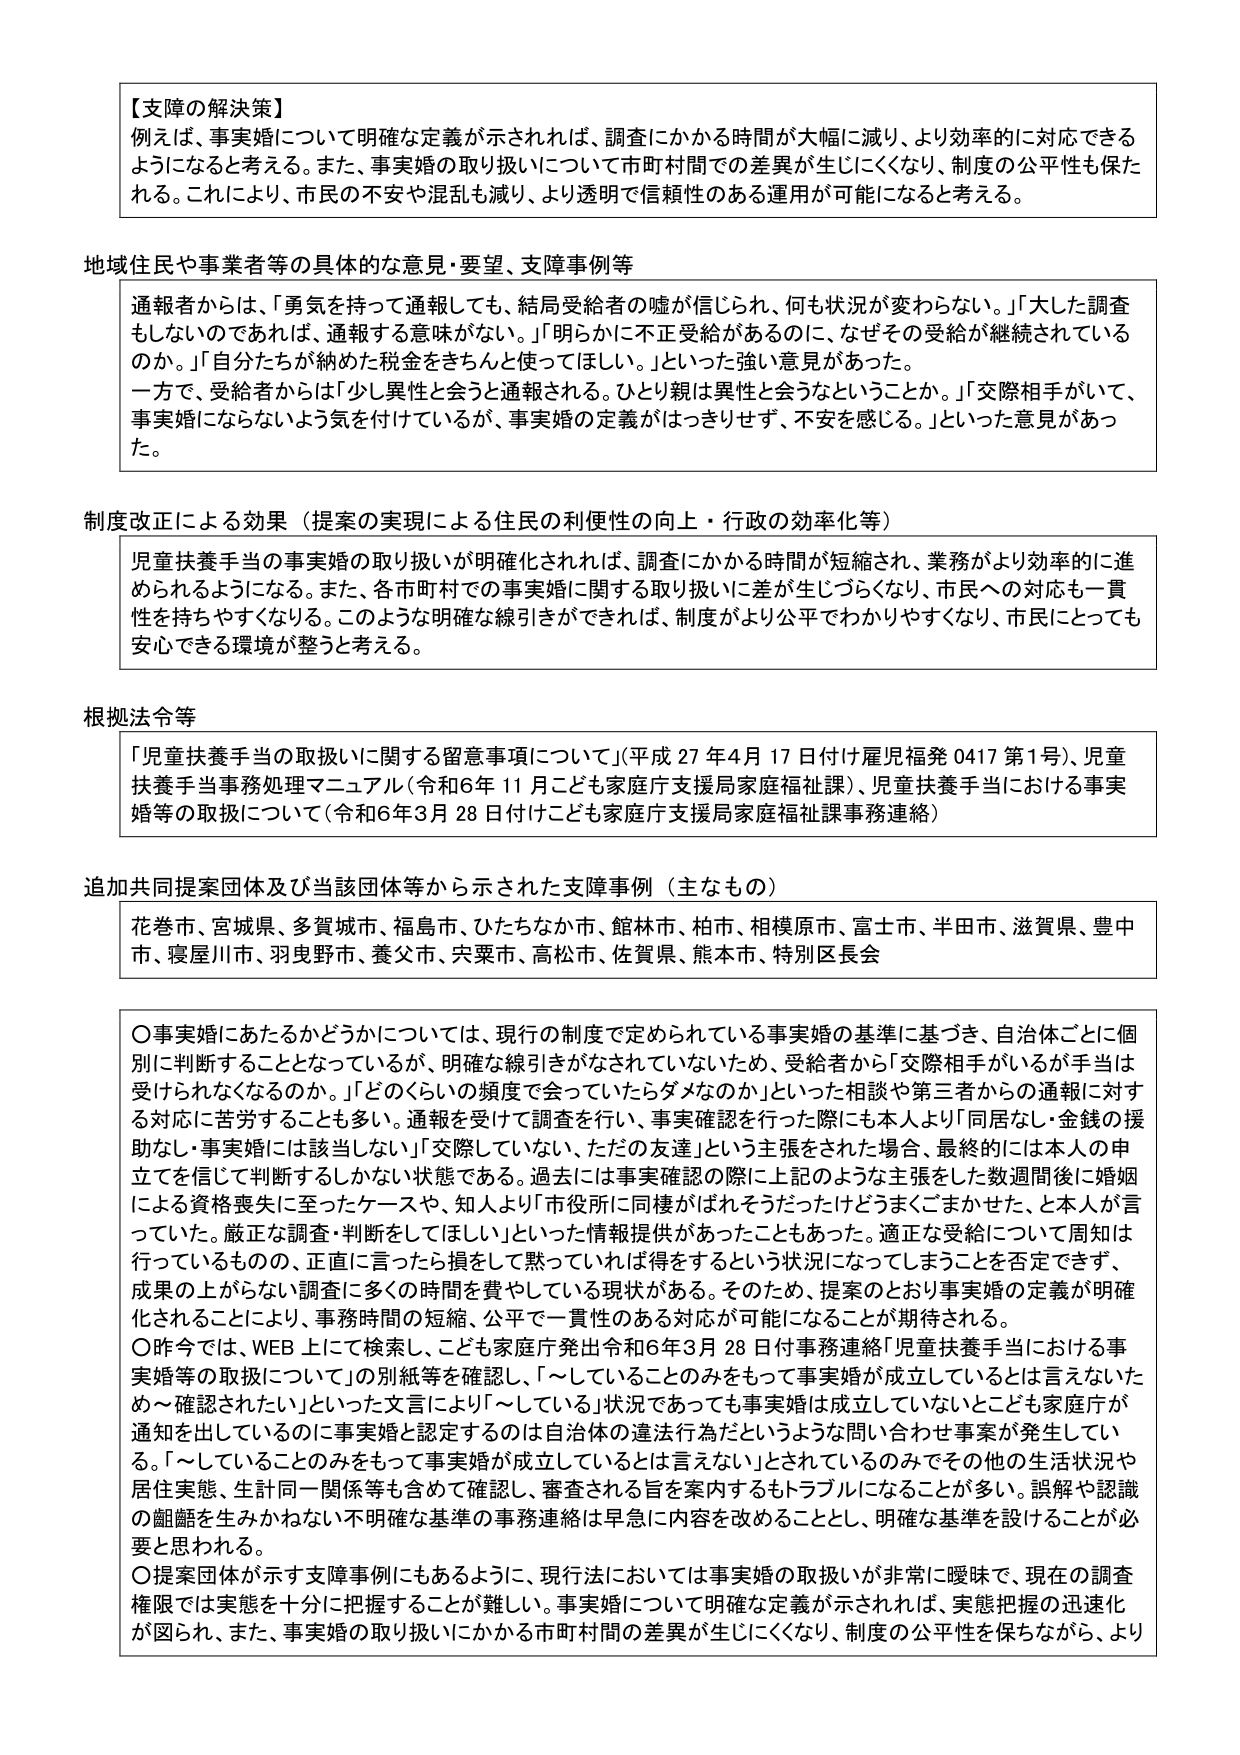
【支障の解決策】
例えば、事実婚について明確な定義が示されれば、調査にかかる時間が大幅に減り、より効率的に対応できるようになると考える。また、事実婚の取り扱いについて市町村間での差異が生じにくくなり、制度の公平性も保たれる。これにより、市民の不安や混乱も減り、より透明で信頼性のある運用が可能になると考える。

地域住民や事業者等の具体的な意見・要望、支障事例等
通報者からは、「勇気を持って通報しても、結局受給者の嘘が信じられ、何も状況が変わらない。」「大した調査もしないのであれば、通報する意味がない。」「明らかに不正受給があるのに、なぜその受給が継続されているのか。」「自分たちが納めた税金をきちんと使ってほしい。」といった強い意見があった。
一方で、受給者からは「少し異性と会うと通報される。ひとり親は異性と会うなということか。」「交際相手がいて、事実婚にならないよう気を付けているが、事実婚の定義がはっきりせず、不安を感じる。」といった意見があった。

制度改正による効果（提案の実現による住民の利便性の向上・行政の効率化等）
児童扶養手当の事実婚の取り扱いが明確化されれば、調査にかかる時間が短縮され、業務がより効率的に進められるようになる。また、各市町村での事実婚に関する取り扱いに差が生じづらくなり、市民への対応も一貫性を持ちやすくなる。このような明確な線引きができれば、制度がより公平でわかりやすくなり、市民にとっても安心できる環境が整うと考える。

根拠法令等
「児童扶養手当の取扱いに関する留意事項について」（平成27年4月17日付け雇児福発0417第1号）、児童扶養手当事務処理マニュアル（令和6年11月こども家庭庁支援局家庭福祉課）、児童扶養手当における事実婚等の取扱いについて（令和6年3月28日付けこども家庭庁支援局家庭福祉課事務連絡）

追加共同提案団体及び当該団体等から示された支障事例（主なもの）
花巻市、宮城県、多賀城市、福島市、ひたちなか市、館林市、柏市、相模原市、富士市、半田市、滋賀県、豊中市、寝屋川市、羽曳野市、養父市、宍粟市、高松市、佐賀県、熊本市、特別区長会

〇事実婚にあたるかどうかについては、現行の制度で定められている事実婚の基準に基づき、自治体ごとに個別に判断することとなっているが、明確な線引きがなされていないため、受給者から「交際相手がいるが手当は受けられなくなるのか。」「どのくらいの頻度で会っていたらダメなのか」といった相談や第三者からの通報に対する対応に苦労することも多い。通報を受けて調査を行い、事実確認を行った際にも本人より「同居なし・金銭の援助なし・事実婚には該当しない」「交際していない、ただの友達」という主張をされた場合、最終的には本人の申立を信じて判断するしかない状態である。過去には事実確認の際に上記のような主張をした数週間後に婚姻による資格喪失に至ったケースや、知人より「市役所に同様がばれそうだったけどうまくごまかせた、と本人が言っていた。厳正な調査・判断をしてほしい」といった情報提供があったこともあった。適正な受給について周知は行っているものの、正直に言ったら損をして黙っていれば得をするという状況になってしまうことを否定できず、成果の上がらない調査に多くの時間を費やしている現状がある。そのため、提案のとおり事実婚の定義が明確化されることにより、事務時間の短縮、公平で一貫性のある対応が可能になることが期待される。
〇昨今では、WEB上にて検索し、こども家庭庁発出令和6年3月28日付事務連絡「児童扶養手当における事実婚等の取扱いについて」の別紙等を確認し、「～していることのみをもって事実婚が成立しているとは言えないため～確認されたい」といった文言により「～している」状況であっても事実婚は成立していないことも家庭庁が通知を出しているのに事実婚と認定するのは自治体の違法行為だというような問い合わせ事案が発生している。「～していることのみをもって事実婚が成立しているとは言えない」とされているのみでその他の生活状況や居住実態、生計同一関係等も含めて確認し、審査される旨を案内するもトラブルになることが多い。誤解や認識の齟齬を生みかねない不明確な基準の事務連絡は早急に内容を改めることとし、明確な基準を設けることが必要と思われる。
〇提案団体が示す支障事例にもあるように、現行法においては事実婚の取扱いが非常に曖昧で、現在の調査権限では実態を十分に把握することが難しい。事実婚について明確な定義が示されれば、実態把握の迅速化が図られ、また、事実婚の取り扱いにかかる市町村間の差異が生じにくくなり、制度の公平性を保ちながら、より